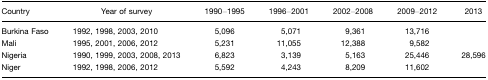
<table><thead><tr><td><b>Country</b></td><td><b>Year of survey</b></td><td><b>1990–1995</b></td><td><b>1996–2001</b></td><td><b>2002–2008</b></td><td><b>2009–2012</b></td><td><b>2013</b></td></tr></thead><tbody><tr><td>Burkina Faso</td><td>1992, 1998, 2003, 2010</td><td>5,096</td><td>5,071</td><td>9,361</td><td>13,716</td><td></td></tr><tr><td>Mali</td><td>1995, 2001, 2006, 2012</td><td>5,231</td><td>11,055</td><td>12,388</td><td>9,582</td><td></td></tr><tr><td>Nigeria</td><td>1990, 1999, 2003, 2008, 2013</td><td>6,823</td><td>3,139</td><td>5,163</td><td>25,446</td><td>28,596</td></tr><tr><td>Niger</td><td>1992, 1998, 2006, 2012</td><td>5,592</td><td>4,243</td><td>8,209</td><td>11,602</td><td></td></tr></tbody></table>